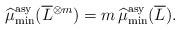
LaTeX: \begin{align*}\widehat{\mu}_{\min}^{\mathrm{asy}}(\overline L{}^{\otimes m})=m\operatorname{\widehat{\mu}_{\min}^{\mathrm{asy}}}(\overline L).\end{align*}